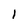
Character: l